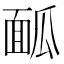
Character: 𩈕